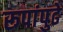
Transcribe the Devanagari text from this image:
रूपांपुढे